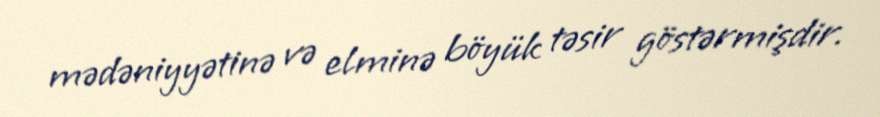
mədəniyyətinə və elminə böyük təsir göstərmişdir.